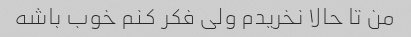
من تا حالا نخریدم ولی فکر کنم خوب باشه